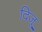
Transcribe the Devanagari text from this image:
दिजू